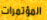
المؤتمرات